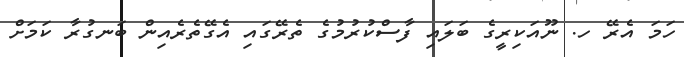
ހަމަ އެރޭ ހ. ނޫއަކިރީގެ ބަލައި ފާސްކުރުމުގެ ތެރޭގައި އެގޭތެރެއިން ބަނގުރާ ކަމަށް